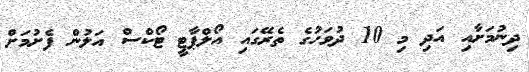
ދިނުމަށާއި އަދި މި 10 ދުވަހުގެ ތެރޭގައި އޯލްޕާޓީ ޓޯކްސް އަލުން ފެށުމަށް